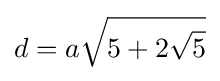
d=a{\sqrt {5+2{\sqrt {5}}}}